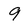
Character: 9